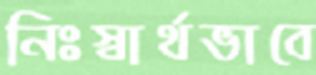
নিঃস্বার্থভাবে